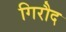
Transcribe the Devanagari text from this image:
गिरौद